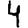
Digit: 4